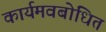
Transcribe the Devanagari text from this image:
कार्यमवबोधित